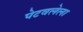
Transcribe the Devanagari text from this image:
पेटवलेला